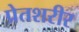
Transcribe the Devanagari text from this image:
प्रेतशरीर